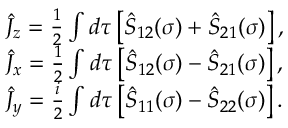
\begin{array} { r l } & { \hat { J } _ { z } = \frac { 1 } { 2 } \int d \tau \left[ \hat { S } _ { 1 2 } ( \sigma ) + \hat { S } _ { 2 1 } ( \sigma ) \right] , } \\ & { \hat { J } _ { x } = \frac { 1 } { 2 } \int d \tau \left[ \hat { S } _ { 1 2 } ( \sigma ) - \hat { S } _ { 2 1 } ( \sigma ) \right] , } \\ & { \hat { J } _ { y } = \frac { i } { 2 } \int d \tau \left[ \hat { S } _ { 1 1 } ( \sigma ) - \hat { S } _ { 2 2 } ( \sigma ) \right] . } \end{array}